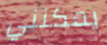
يمكنني